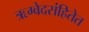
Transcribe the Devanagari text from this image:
ऋग्वेदसंहितेत